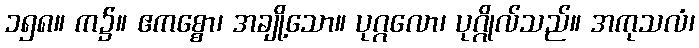
၁၅၈။ က၌။ ဧကစ္စော၊ အချို့သော။ ပုဂ္ဂလော၊ ပုဂ္ဂိုလ်သည်။ အကုသလံ၊